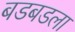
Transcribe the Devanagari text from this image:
बडबडला